Vaccination in Bombay 1889-1901 - 1889-1901
Year: 1889
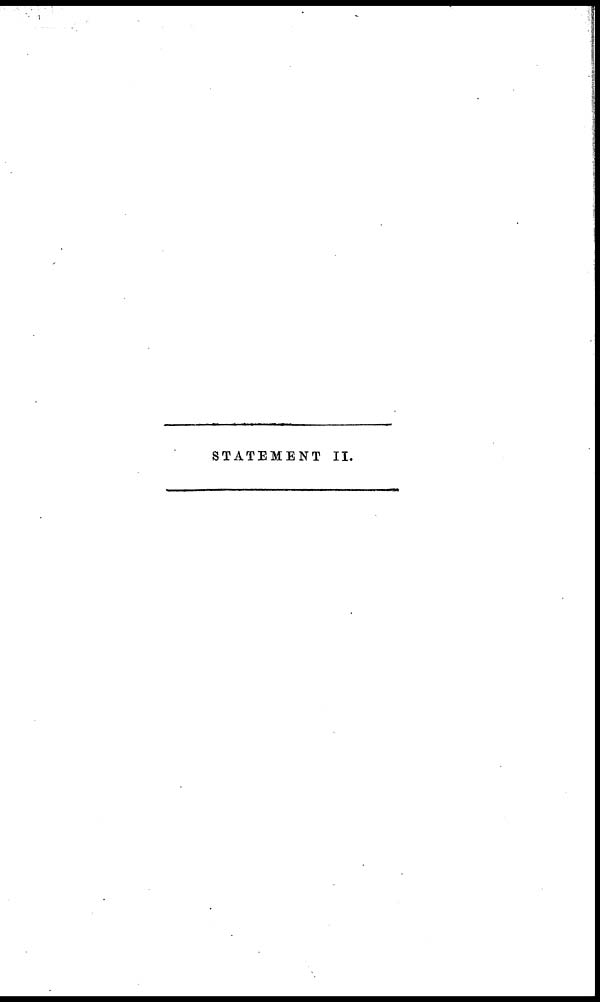
STATEMENT II.